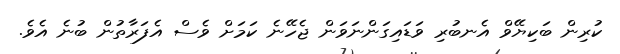
ކުރިން ބަކިޔޭވް އެނބުރި ވަޑައިގަންނަވަން ޖެހޭނެ ކަމަށް ވެސް އެފަރާތުން ބުނެ އެވެ.